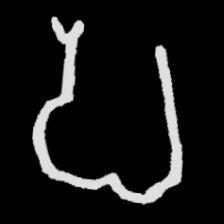
Pyu character \u2014 Myanmar letter: ပ (romanized: pa)